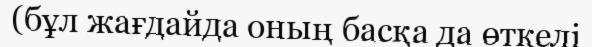
(бұл жағдайда оның басқа да өткелі